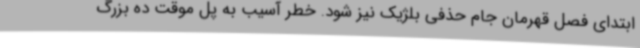
ابتدای فصل قهرمان جام حذفی بلژیک نیز شود. خطر آسیب به پل موقت ده بزرگ